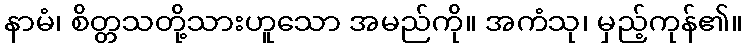
နာမံ၊ စိတ္တသတို့သားဟူသော အမည်ကို။ အကံသု၊ မှည့်ကုန်၏။